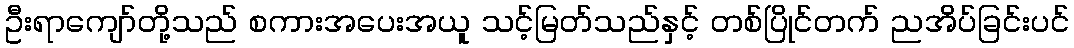
ဦးရာကျော်တို့သည် စကားအပေးအယူ သင့်မြတ်သည်နှင့် တစ်ပြိုင်တက် ညအိပ်ခြင်းပင်